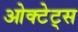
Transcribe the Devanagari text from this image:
ओक्टेट्स